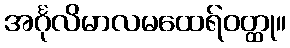
အင်္ဂုလိမာလမထေရ်ဝတ္ထု။